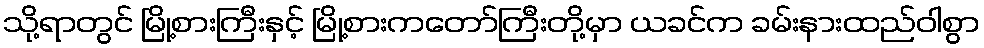
သို့ရာတွင် မြို့စားကြီးနှင့် မြို့စားကတော်ကြီးတို့မှာ ယခင်က ခမ်းနားထည်ဝါစွာ